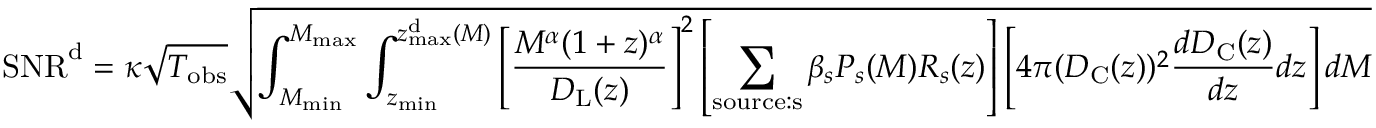
\mathrm { S N R } ^ { \mathrm { { d } } } = \kappa \sqrt { T _ { \mathrm { o b s } } } \sqrt { \int _ { M _ { \mathrm { m i n } } } ^ { M _ { \mathrm { m a x } } } \int _ { z _ { \mathrm { m i n } } } ^ { z _ { \mathrm { m a x } } ^ { \mathrm { { d } } } ( M ) } \left[ \frac { M ^ { \alpha } ( 1 + z ) ^ { \alpha } } { D _ { \mathrm { L } } ( z ) } \right] ^ { 2 } \left[ \sum _ { \mathrm { { s o u r c e : s } } } \beta _ { s } P _ { s } ( M ) R _ { s } ( z ) \right] \left[ 4 \pi ( D _ { \mathrm { C } } ( z ) ) ^ { 2 } \frac { d D _ { \mathrm { { C } } } ( z ) } { d z } d z \right] d M }